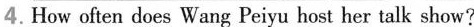
4.How often does Wang Peiyu host her talk show?